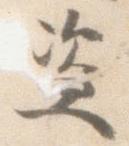
盗